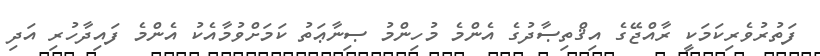
ފަތުރުވެރިކަމަކީ ރާއްޖޭގެ އިޤްތިޞާދުގެ އެންމެ މުހިންމު ޞިނާޢަތު ކަމަށްވުމާއެކު އެންމެ ފައިދާހުރި އަދި